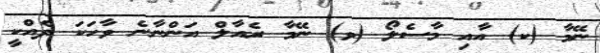
ނޭމާ (ކ) އާއި މާސެލޯ (ވ) ނޭމާ ރެއާލް އަންނާނެ ވާހަކަ ދެއްކީ